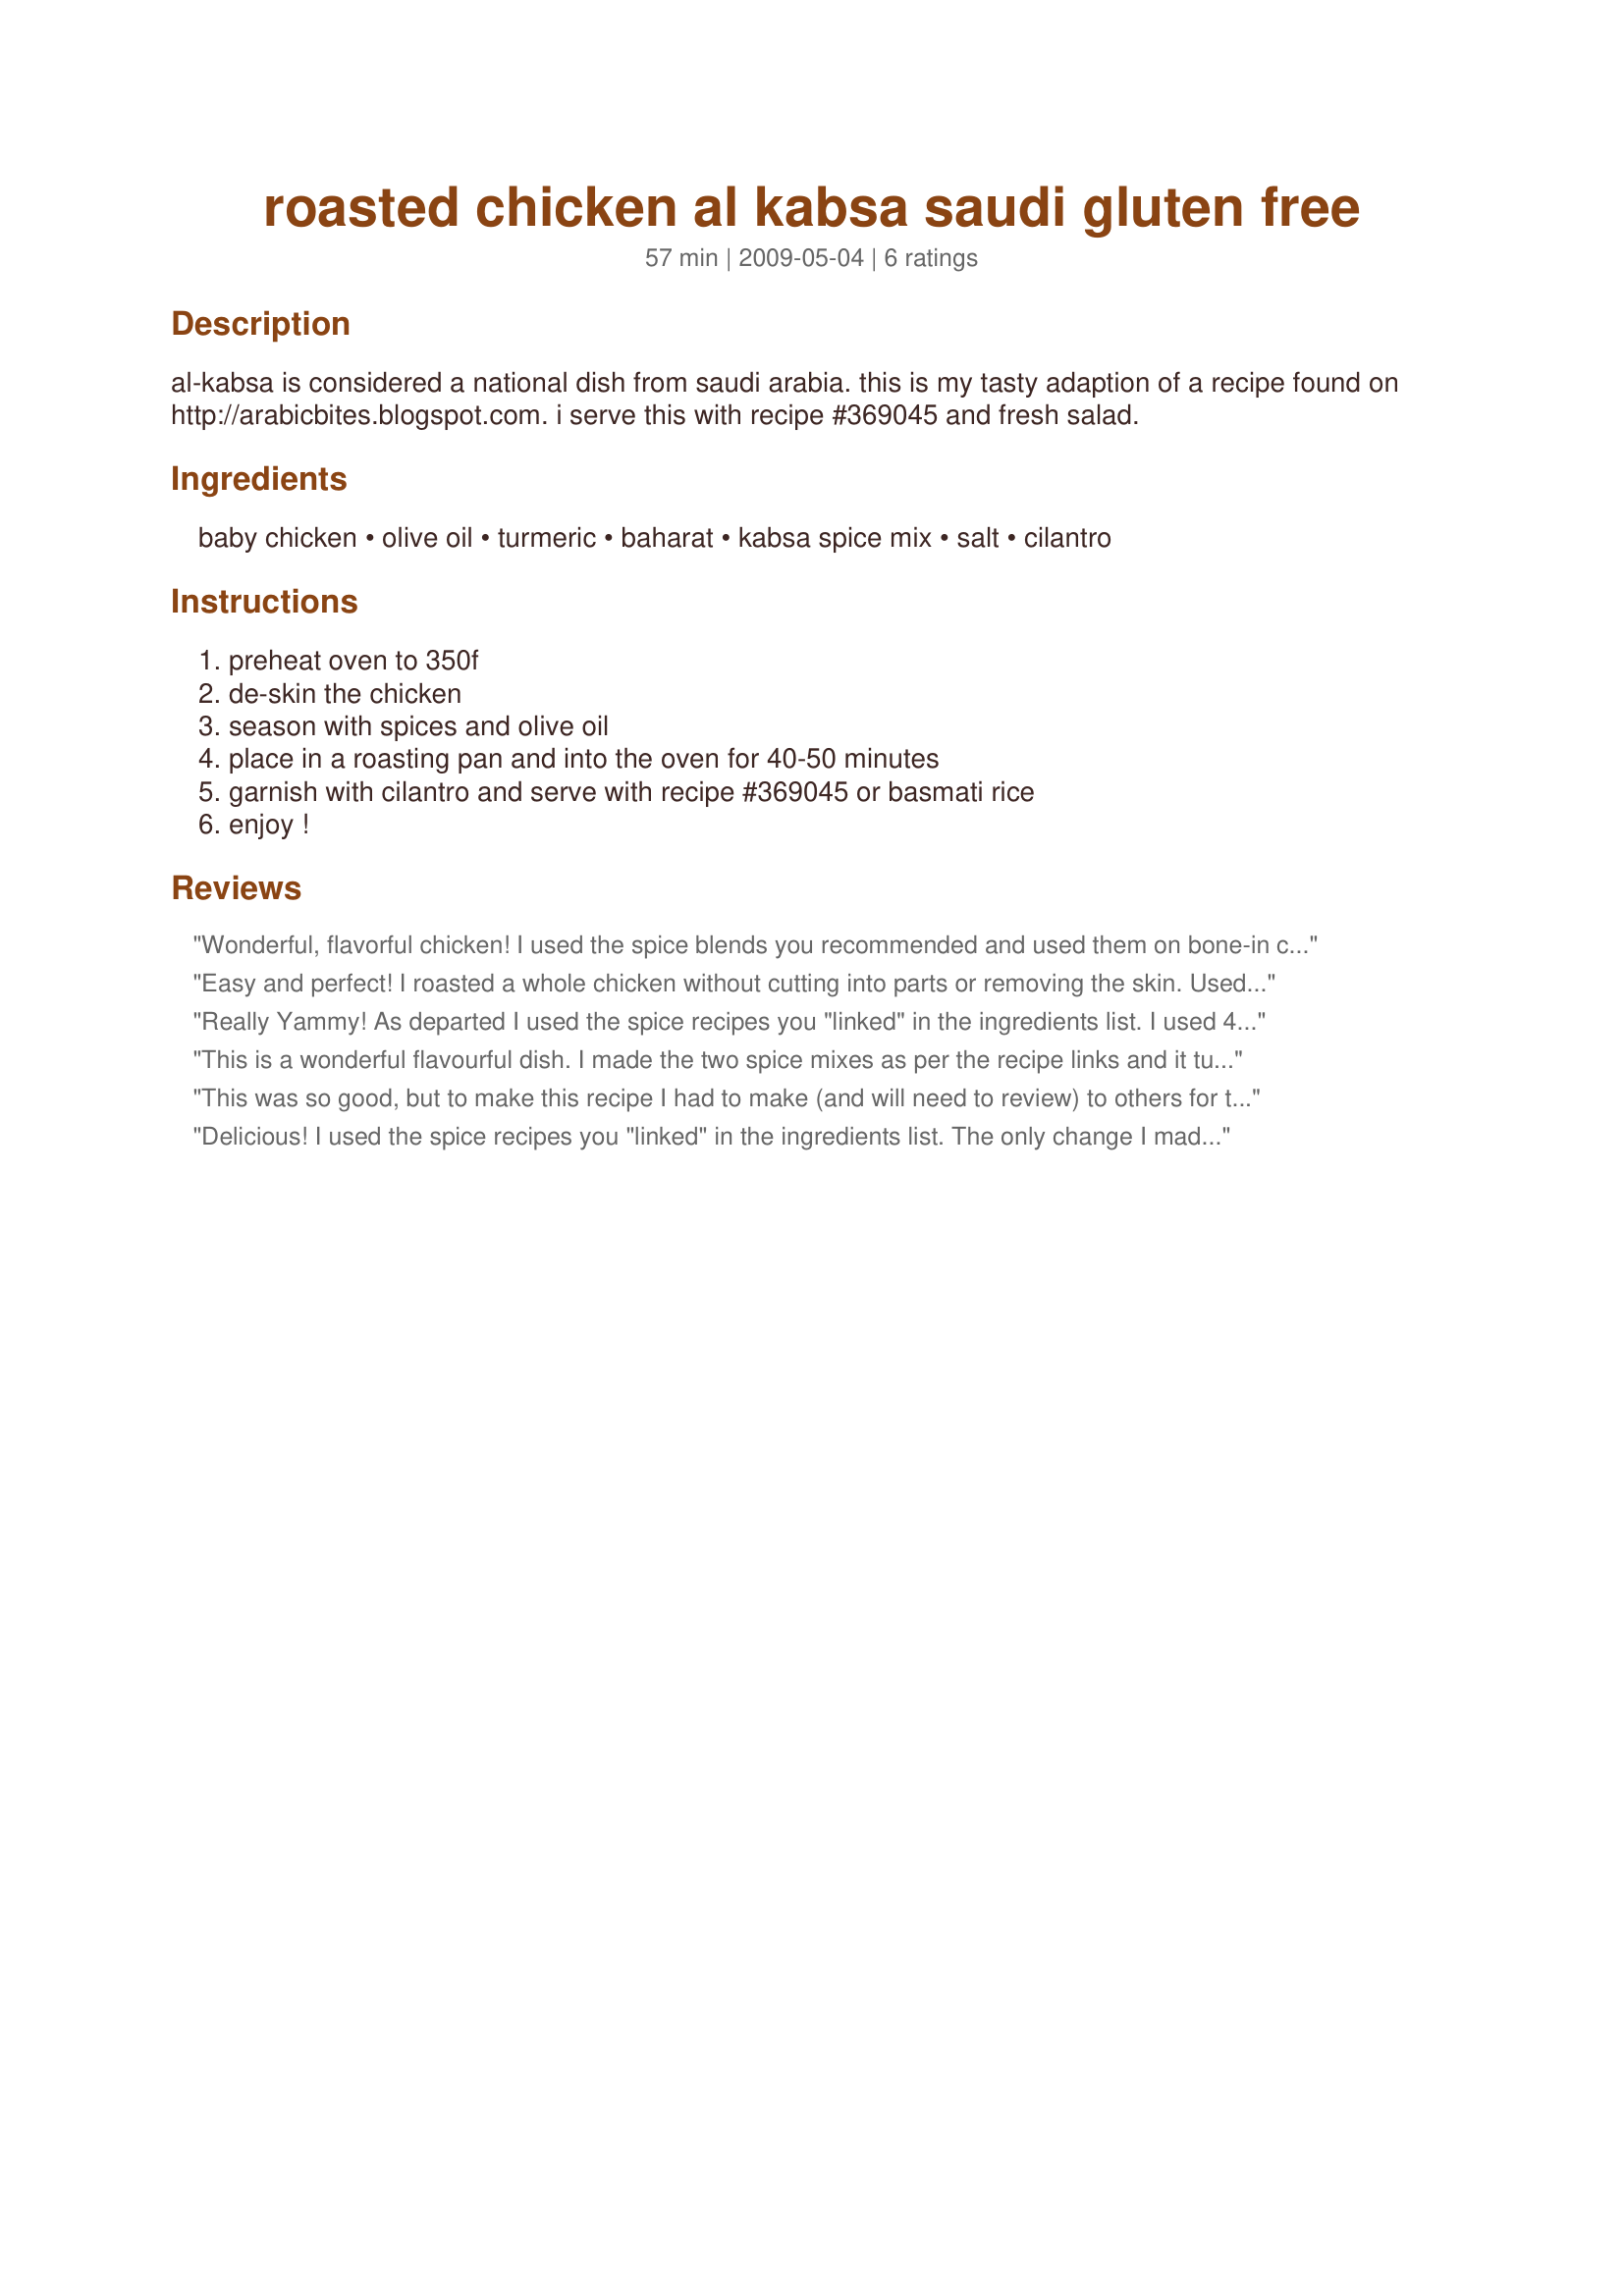
roasted chicken al kabsa saudi gluten free
Preparation time: 57 minutes

al-kabsa is considered a national dish from saudi arabia. this is my tasty adaption of a recipe found on http://arabicbites.blogspot.com. i serve this with recipe #369045 and fresh salad.

Ingredients:
baby chicken, olive oil, turmeric, baharat, kabsa spice mix, salt, cilantro

Steps:
preheat oven to 350f, de-skin the chicken, season with spices and olive oil, place in a roasting pan and into the oven for 40-50 minutes, garnish with cilantro and serve with recipe #369045 or basmati rice, enjoy !

Reviews:
Wonderful, flavorful chicken! I used the spice blends you recommended and used them on bone-in chicken breasts. Moist and well seasoned, just delicious - thanks for sharing the recipe!
Easy and perfect! I roasted a whole chicken without cutting into parts or removing the skin. Used the spice blends you linked to on the site. Accompanied by Recipe #418082, Recipe #415576 (made with broccolini instead) and a simple tossed salad. A delicious dinner! Reviewed for NA*ME tag.
Really Yammy! As departed I used the spice recipes you "linked" in the ingredients list. I used 4 chicken legs and I took the skin away. This was a good Idea because the spices had time to penetrate in the meat and the dish wasn't fat. The chicken was tender and juicy. Thanks for the recipe!
This is a wonderful flavourful dish. I made the two spice mixes as per the recipe links and it turned out fantastic. I served it with Recipe #366129 and a cucumber/tomato/red onion / feta salad. What a fantastic meal! Made for Ramadan Tag
This was so good, but to make this recipe I had to make (and will need to review) to others for the spices, what a different taste sensation. Once I had all the spices it went together pretty easy, I used boneless, skinless chicken breasts and it was enjoyed by everyone. I&#039;ll be using this more often now that I know how good it is. Served with steamed rice and recipe#480898 as well as recipe#426490 - a wonderful dinner. Made for Let&#039;s go to Saudi Arabia game
Delicious! I used the spice recipes you "linked" in the ingredients list. The only change I made was using thighs and wings instead of a whole chicken (I left the skin on and skipped the oil) Wonderful aroma and tender, juicy chicken.
